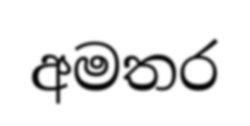
අමතර